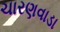
ચારણવાડા